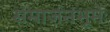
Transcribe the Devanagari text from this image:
संमार्जनंभूमेः